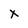
Character: x